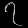
Digit: ၇